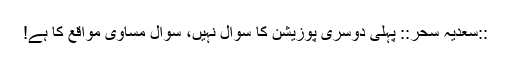
::سعدیہ سحر:: پہلی دوسری پوزیشن کا سوال نہیں، سوال مساوی مواقع کا ہے!